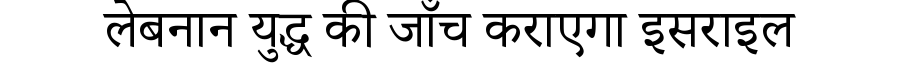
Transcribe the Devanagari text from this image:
लेबनान युद्ध की जाँच कराएगा इसराइल